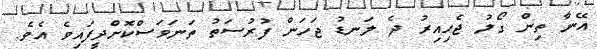
އޭނާ ތިން ގޯލު ޖެހިއިރު ދެ ލަނޑު ޖަހަން ފުރުސަތު ތަނަވަސްކޮށްދީފައިވެ އެވެ.